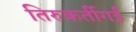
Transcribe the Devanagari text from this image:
तिरुकर्तीगई